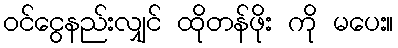
ဝင်ငွေနည်းလျှင် ထိုတန်ဖိုး ကို မပေး။